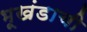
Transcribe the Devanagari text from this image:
भूखंडाची